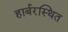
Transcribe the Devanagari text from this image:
हार्बरस्थित